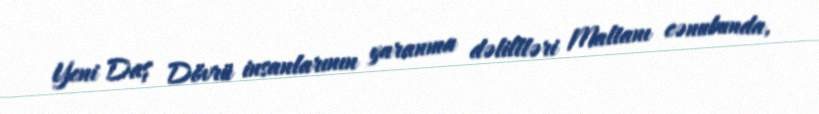
Yeni Daş Dövrü insanlarının yaranma dəlillləri Maltanı cənubunda,